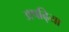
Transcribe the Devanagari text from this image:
अषढ़िया